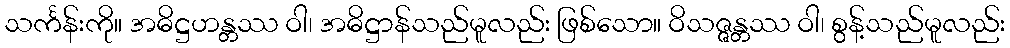
သင်္ကန်းကို။ အဓိဋ္ဌဟန္တဿ ဝါ၊ အဓိဋ္ဌာန်သည်မူလည်း ဖြစ်သော။ ဝိသဇ္ဇန္တဿ ဝါ၊ စွန့်သည်မူလည်း